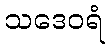
သဒေဝရံ